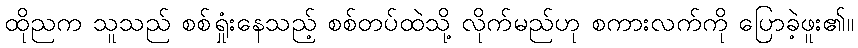
ထိုညက သူသည် စစ်ရှုံးနေသည့် စစ်တပ်ထဲသို့ လိုက်မည်ဟု စကားလက်ကို ပြောခဲ့ဖူး၏။